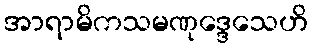
အာရာမိကသမဏုဒ္ဒေသေဟိ